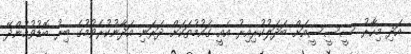
އަދި މިހާރު ސީސީސީއަށް ބަދަލުކުރިއިރު އެއީ ގައުމުތަކަށް ދަރަނި އަދާނުކުރެވުމުގެ ބިރު ބޮޑުވުމުންދޭ